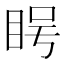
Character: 𪾨